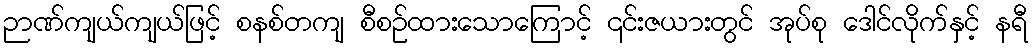
ဉာဏ်ကျယ်ကျယ်ဖြင့် စနစ်တကျ စီစဉ်ထားသောကြောင့် ၎င်းဇယားတွင် အုပ်စု ဒေါင်လိုက်နှင့် နရီ